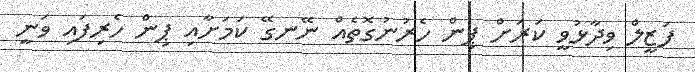
ފަޒީލް ވިދާޅުވީ ކަރަށް ޕިން ހެރުނުގޮތެއް ނޭނގޭ ކަމަށާއި ޕިން ހެރިފައި ވަނީ